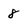
Character: 8